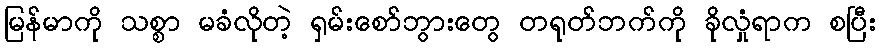
မြန်မာကို သစ္စာ မခံလိုတဲ့ ရှမ်းစော်ဘွားတွေ တရုတ်ဘက်ကို ခိုလှုံရာက စပြီး